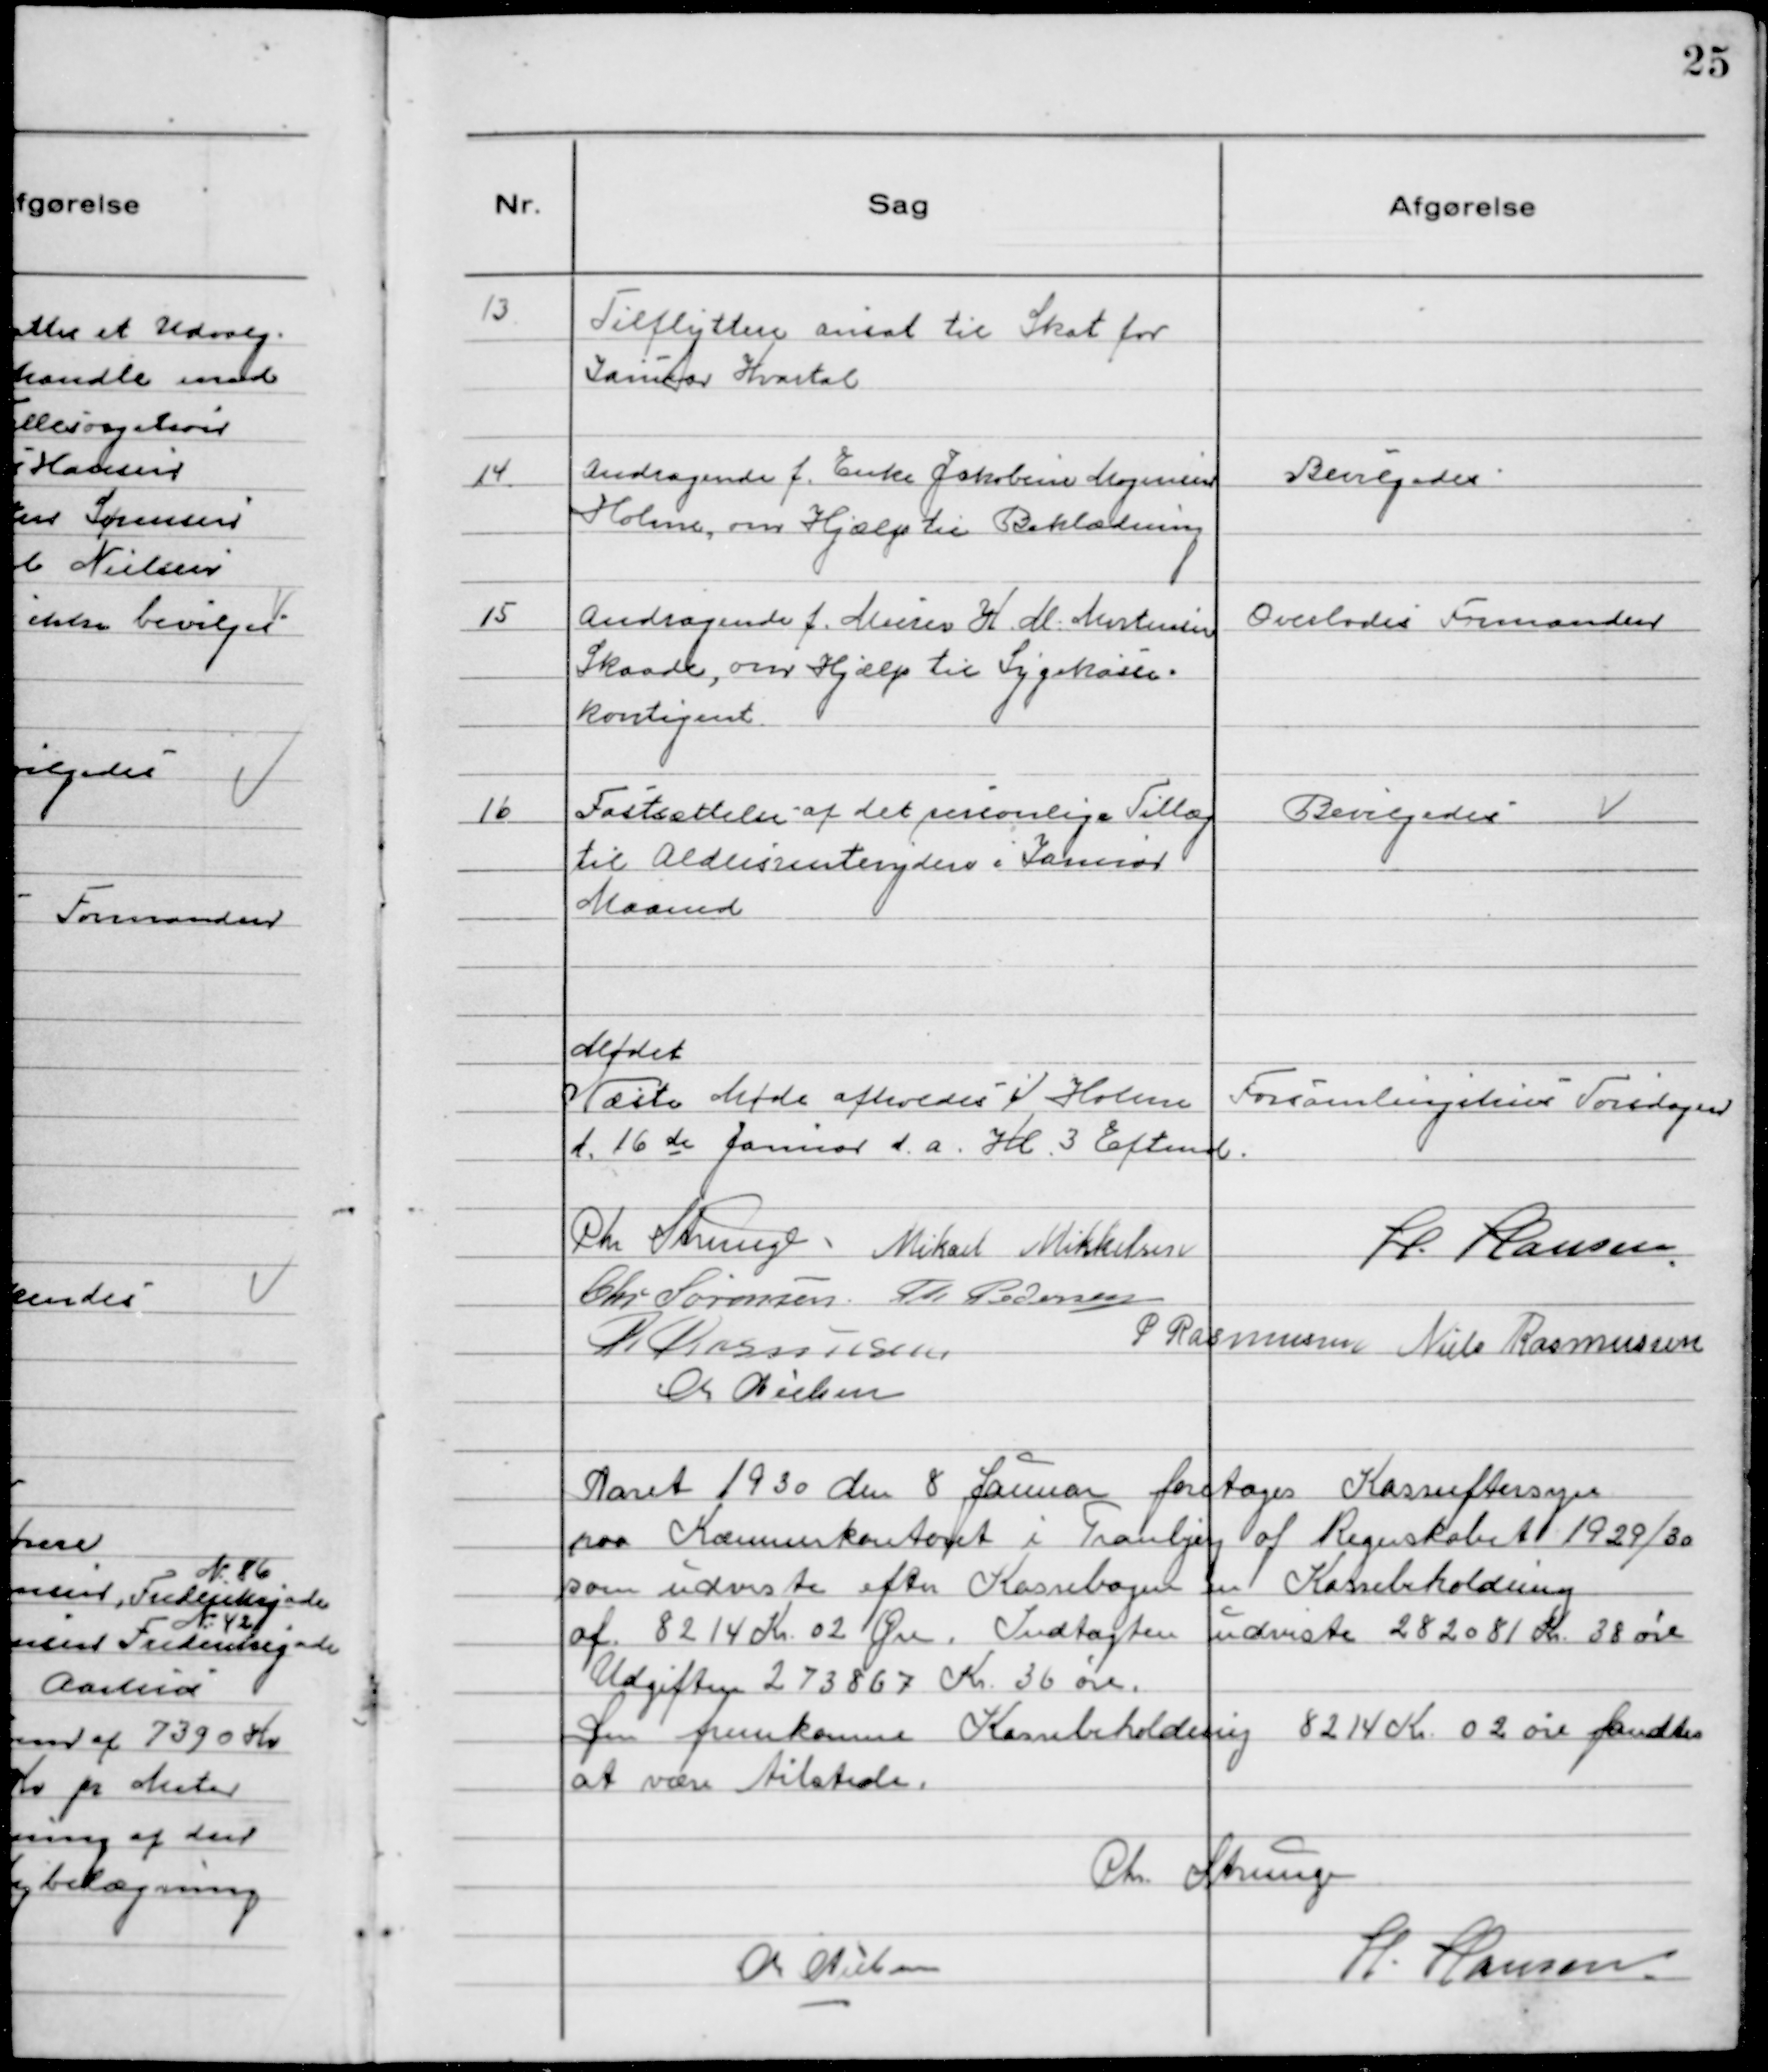
Transskription:
13.Tilflyttere ansat til Skat for
Januar Kvartal

14. Andragende f. Enke Jakobine Mogensen
Holme, om Hjælp til Beklædning

Bevilgedes

15 Andragende f. Murer H. M. Mortensen
Skaade, om Hjælp til Sygekasse-
kontigent.

Overlodes Formanden

16 Faśtsættelse af det perśonlige Tillæg
til Alderśrentenydere i Januar
Maaned

Bevilgedeś

Mødet
Næste Møde afholdeś i Holme Forśamlingshuś Torsdagen
d. 16de Januar d.a. Kl. 3 Eftmd.
Chr Strunge Mikael Mikkelsen H. Hansen
Chr. Sørensen Th Pedersen
R Rasmussen P Rasmussen Niels Rasmussen
Ch Nielsen

Aaret 1930 den 8 Januar foretoges Kasseeftersyn
paa Kommunekontoret i Tranbjerg af Regnskabet 1929/30
som ŭdviste efter Kassebogen en Kassebeholdning
af 8214 Kr. 02 Øre. Indtægten ŭdviste 282081 Kr. 38 øre
Udgiften 273867 Kr. 36 øre.
Den fremkomne Kassebeholdning 8214 Kr. 02 øre fandtes
at være tilstede.
Chr. Strunge
Ch Nielsen H. Hansen